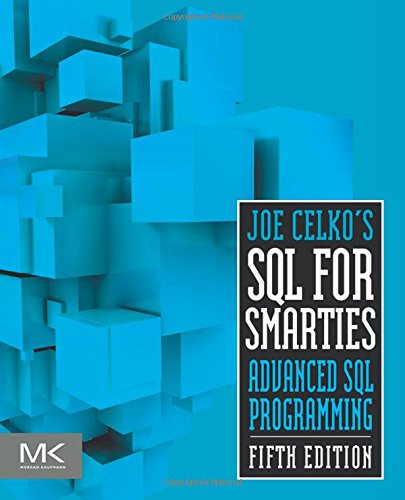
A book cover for Joe Celko's SQL for Smarties, Fifth Edition: Advanced SQL Programming (The Morgan Kaufmann Series in Data Management Systems); Joe Celko; Computers & Technology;